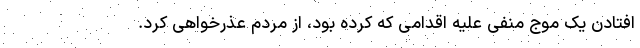
افتادن یک موج منفی علیه اقدامی که کرده بود، از مردم عذرخواهی کرد.